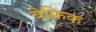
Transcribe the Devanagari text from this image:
बेफ्रिक